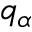
q _ { \alpha }